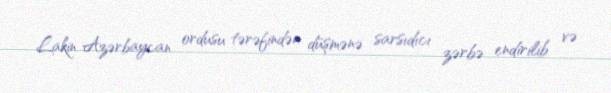
Lakin Azərbaycan ordusu tərəfindən düşmənə sarsıdıcı zərbə endirilib və